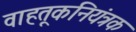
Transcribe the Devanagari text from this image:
वाहतूकनियंत्रक